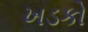
ખડકો